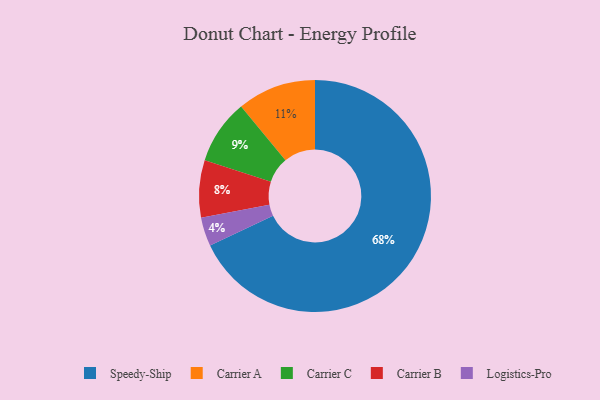
{"axis": {"x": "Category", "y": "Percentage"}, "legend": ["Carrier A", "Carrier B", "Carrier C", "Logistics-Pro", "Speedy-Ship"], "data": [{"x": "Speedy-Ship", "y": 68, "type": "Speedy-Ship"}, {"x": "Carrier A", "y": 11, "type": "Carrier A"}, {"x": "Carrier B", "y": 8, "type": "Carrier B"}, {"x": "Carrier C", "y": 9, "type": "Carrier C"}, {"x": "Logistics-Pro", "y": 4, "type": "Logistics-Pro"}]}